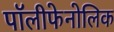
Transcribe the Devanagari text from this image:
पॉलीफेनोलिक